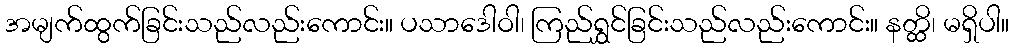
အမျက်ထွက်ခြင်းသည်လည်းကောင်း။ ပသာဒေါဝါ၊ ကြည်ရွှင်ခြင်းသည်လည်းကောင်း။ နတ္ထိ၊ မရှိပါ။